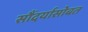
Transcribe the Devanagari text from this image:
सौंदर्यासोबत